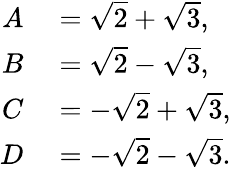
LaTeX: \begin{array}{rl}{A}&{{}={\sqrt{2}}+{\sqrt{3}},}\\ {B}&{{}={\sqrt{2}}-{\sqrt{3}},}\\ {C}&{{}=-{\sqrt{2}}+{\sqrt{3}},}\\ {D}&{{}=-{\sqrt{2}}-{\sqrt{3}}.}\end{array}